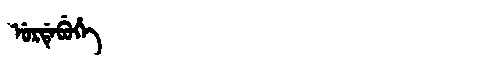
Manchu: ᡠᡵᡩᡝᠪᡠᡥᡝ
Romanization: URDEBUHE